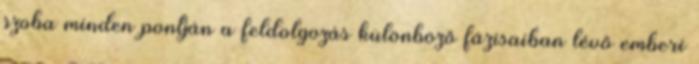
szoba minden pontján a feldolgozás különböző fázisaiban lévő emberi